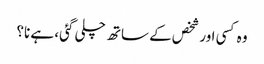
وہ کسی اور شخص کے ساتھ چلی گئی، ہے نا؟